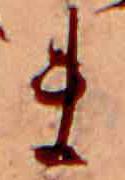
ま